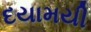
દયામયી